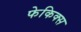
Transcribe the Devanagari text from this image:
फेकिक्स